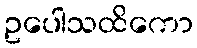
ဥပေါသထိကော